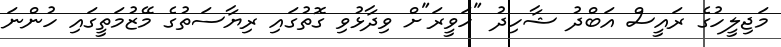
މަޖިލީހުގެ ރައީސް އަބްދު ޝާހިދު "ހަވީރަ"ށް ވިދާޅުވި ގޮތުގައި ރިޔާސަތުގެ މޭޒުމަތީގައި ހުންނަ